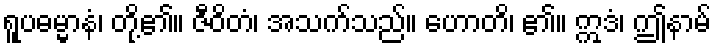
ရူပဓမ္မာနံ၊ တို့၏။ ဇီဝိတံ၊ အသက်သည်။ ဟောတိ၊ ၏။ ဣဒံ၊ ဤနာမ်